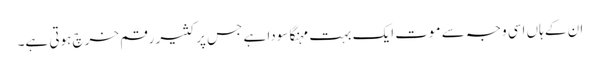
ان کے ہاں اسی وجہ سے موت ایک بہت مہنگا سودا ہے جس پر کثیر رقم خرچ ہوتی ہے۔